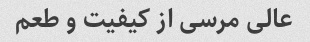
عالی مرسی از کیفیت و طعم